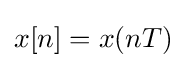
x[n]=x(nT)